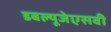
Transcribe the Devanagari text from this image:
डबल्यूजेएसवी